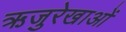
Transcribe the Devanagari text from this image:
ऋजुरेखाओं